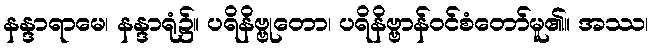
နန္ဒာရာမေ၊ နန္ဒာရုံ၌။ ပရိနိဗ္ဗုတော၊ ပရိနိဗ္ဗာန်ဝင်စံတော်မူ၏။ အဿ၊